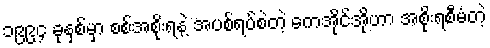
၁၉၉၄ ခုနှစ်မှာ စစ်အစိုးရနဲ့ အပစ်ရပ်စဲတဲ့ ကေအိုင်အိုဟာ အစိုးရစီမံတဲ့